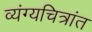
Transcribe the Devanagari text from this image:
व्यंग्यचित्रांत